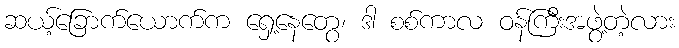
ဆယ့်ခြောက်ယောက်က ရှေ့နေတွေ၊ ဒါ စစ်ကာလ ဝန်ကြီးအဖွဲ့တဲ့လား